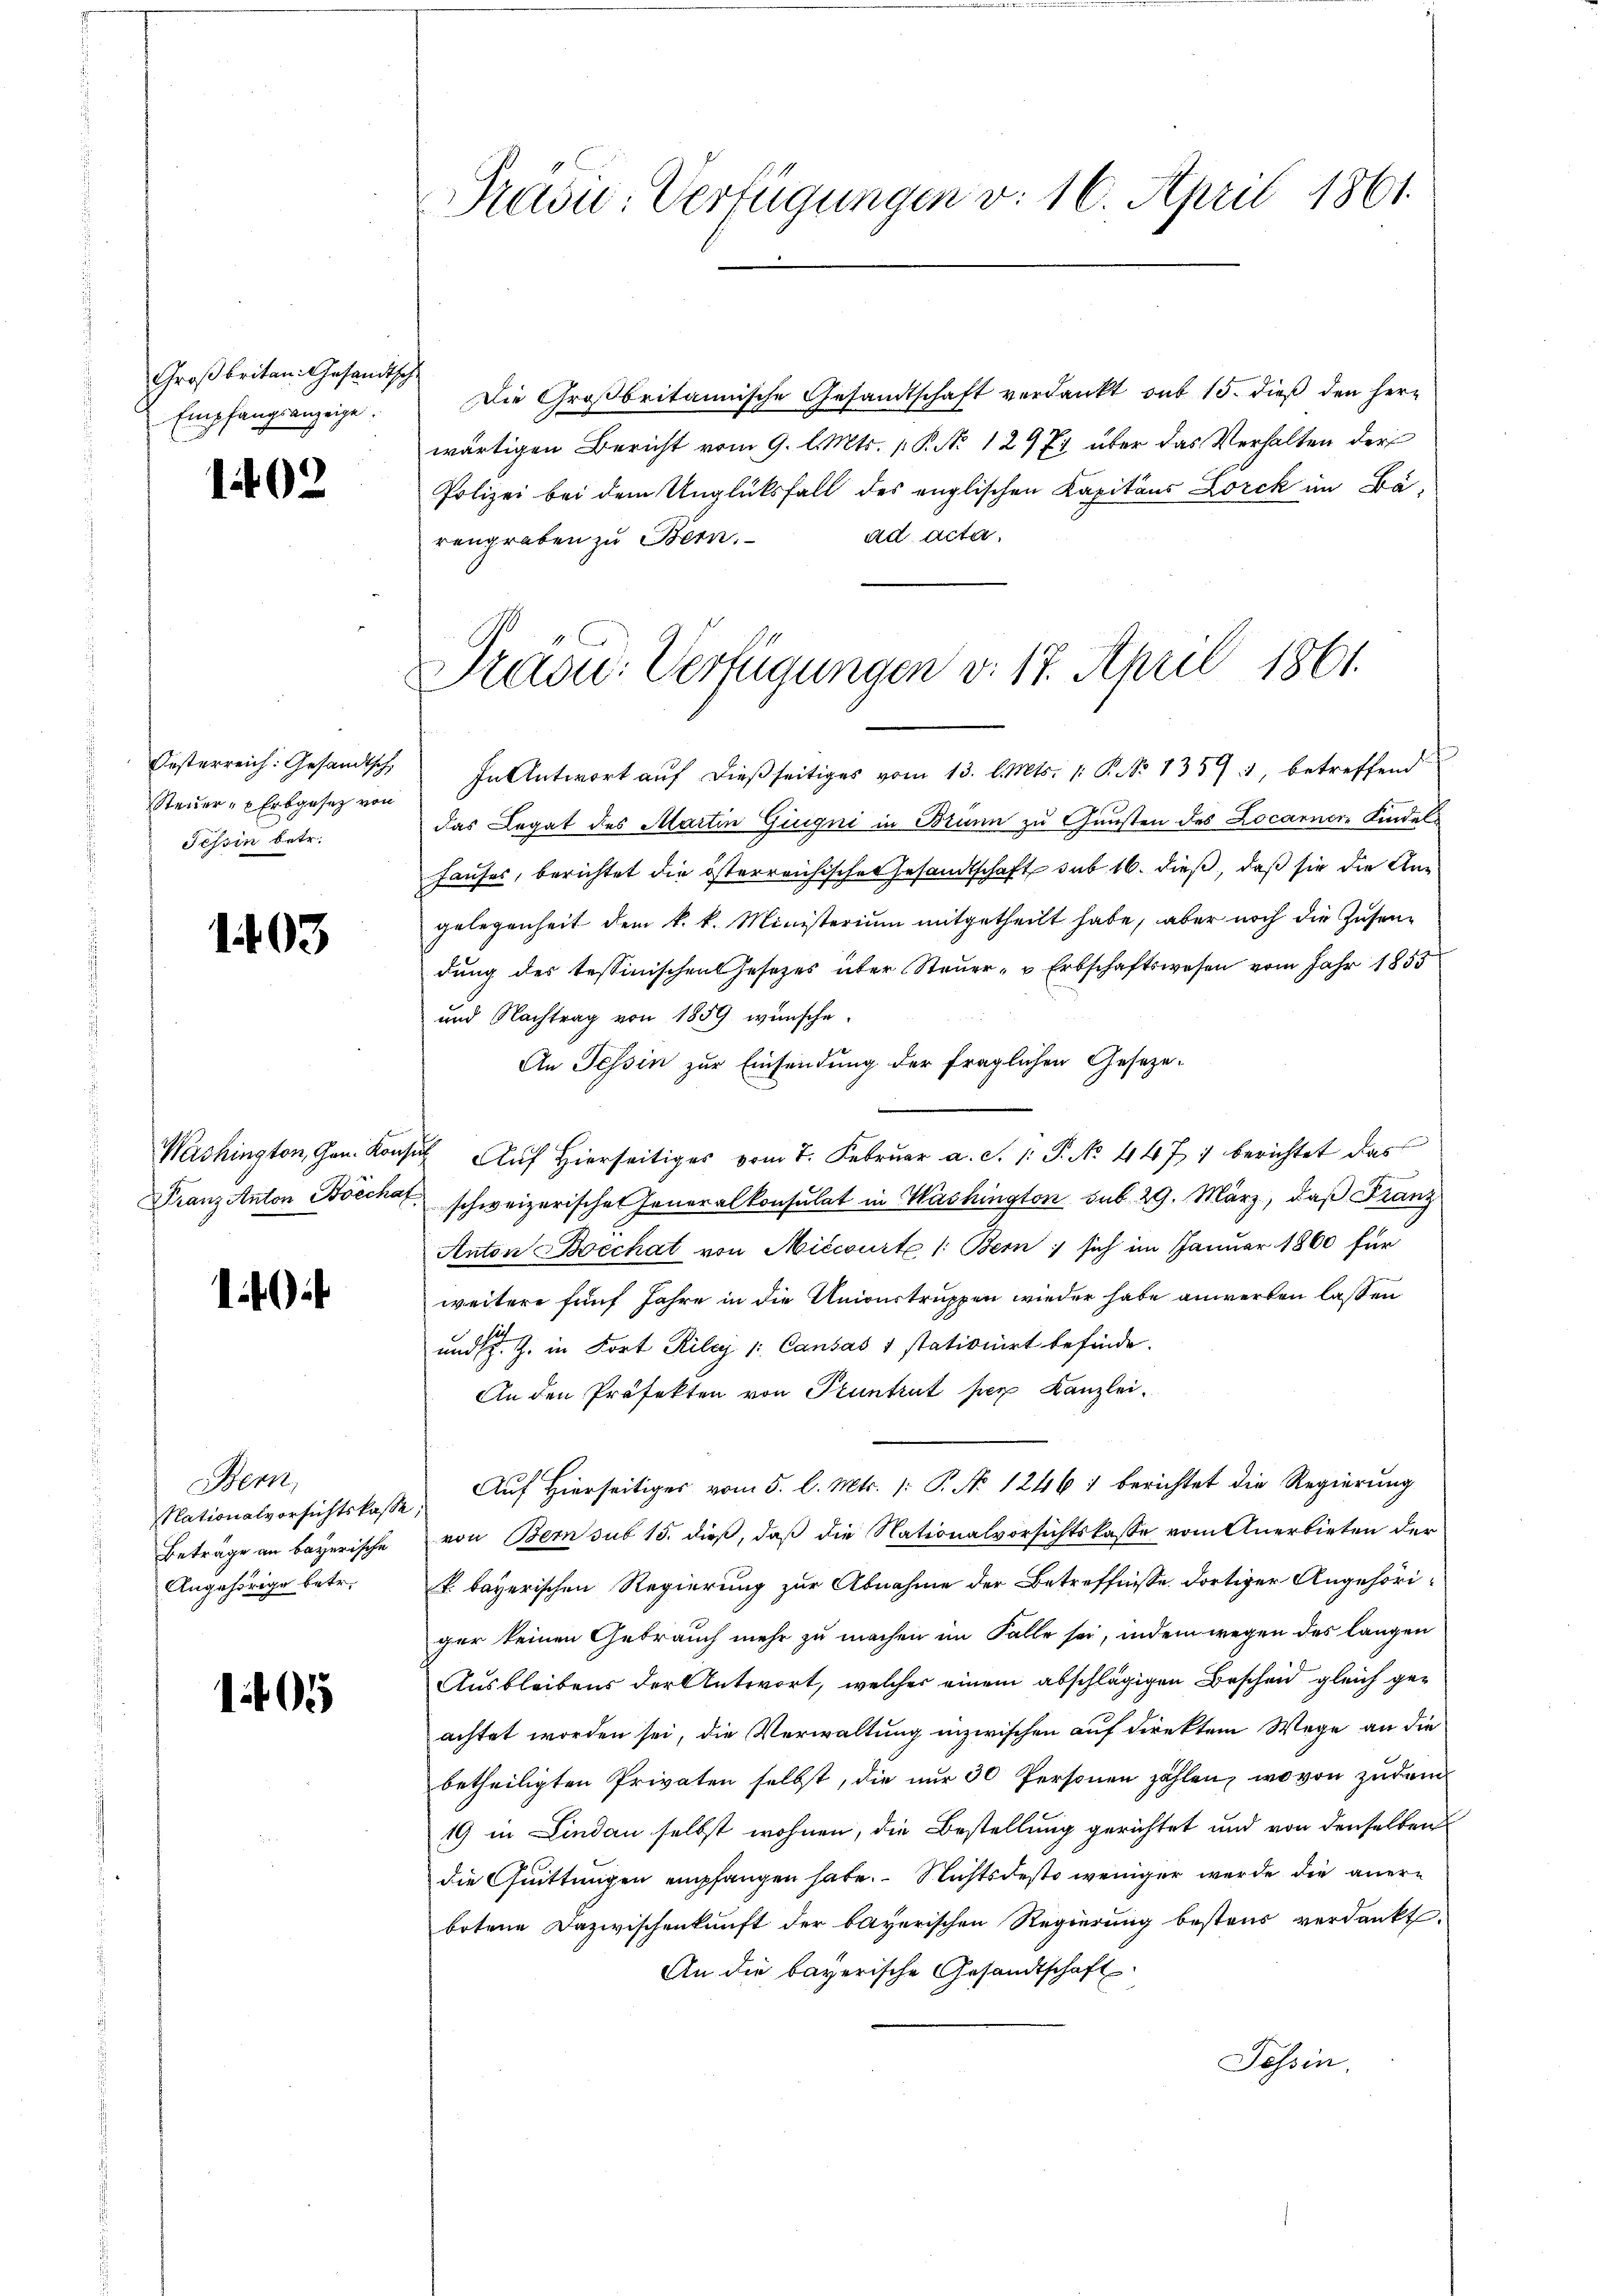
Großbritan. Gesandtsche
Empfangsanzeige.

1402

Oesterreich: Gesandtsch,
Steuer- u Erbgesez von
Tessin betr.

1403

Washington, Gen. Konse
Franz Anton Boecha

1

Bern,
Nationalvorsichtskasse,
Beträge an bayerische
Angehörige betr.

105

Die Großbritannische Gesandtschaft verdankt sub 15. dieß den Herwärtigen Bericht vom 9. l. Mts. P. No 12971 über das Verhalten der
Polizei bei dem Unglüksfall des englischen Kapitäns Lorck im Bäad acta.
rengraben zu Bern.

Pravić-Verfügungen v. 16. April 1861.

Prad: Verfügungen d. 17. April 1861.

In Antwort aŭf dießseitiges vom 13. l. Mts. 1. P. Nr. 13593, betreffend
das Legat des Martin Giugni in Brunn zu Gunsten des Locarnere Kindel
Hauses, berichtet die österreichisches Gesandtschaft sub 16. dieß, daß sie die Angelegenheit dem k. k. Ministerium mitgetheilt habe, aber noch die Zusendung des tessinischen Gesetzes über Steuer- u Erbschaftswesen vom Jahr 1855
und Nachtrag von 1859 wünsche.
An Tessin zur Einsendung der fraglichen Geseze¬
" Auf Hierseitiges vom 7. Februar a. S. 1: P. No. 447) berichtet das
schweizerischen Feueralkonsulat in Washington sub 29. März, daß Franz
Anton Boechat von Miccourte /: Bern sich im Januar 1860 für
weitere fünf Jahre in die Unionstruppen wieder habe anwerben lassen
und s. Z. in Fort Rilcy 1: Cantas 1 stationirt befinde.
An den Präfekten von Pruntrut per Kanzlei.
Auf Hierseitiges vom 5. d. Mts. [: P. No 1246) berichtet die Regierung
von Bern sub 15. dieß, daß die Nationalvorsichtskasse vom Anerbieten der
k. bayerischen Regierung zur Abnahme der Betreffnisse dortiger Angehöriger keinen Gebrauch mehr zu machen im Falle sei, indem wegen des langen
Ausbleibens der Antwort, welcher einem abschlägigen Bescheid gleich geachtet worden sei, die Verwaltung inzwischen auf direktem Wege an die
betheiligten Privaten selbst, die nur 30 Personen zählen, wovon zudem
19 in Lindau selbst wohnen, die Bestellung gerichtet und von denselben
die Quittungen empfangen habe. Nichtsdesto weniger wurde die anerbotene Dazwischenkunft der bayerischen Regierung bestens verdankt.
An die bayerische Gesandtschaft
Tessin